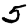
Digit: 5